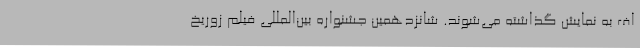
اف به نمایش گذاشته می‌شوند. شانزدهمین جشنواره بین‌المللی فیلم زوریخ